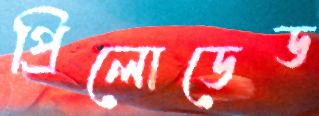
প্রিলোডেড